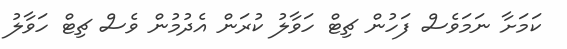
ކަމަށާ ނަމަވެސް ފަހުން ޗިޓް ހަވާލު ކުރަން އެދުމުން ވެސް ޗިޓް ހަވާލު